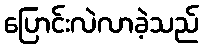
ပြောင်းလဲလာခဲ့သည်